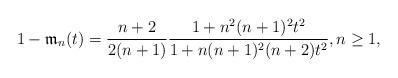
LaTeX: \begin{align*} 1 - \mathfrak{m}_{n}(t) = \frac{n+2}{2(n+1)} \frac{1 + n^2 (n+1)^2 t^2}{1 + n (n+1)^2 (n+2)t^2}, n \geq 1,\end{align*}